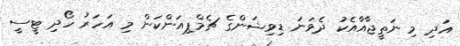
އަދި މި ނަތީޖާއާއެކު ދެވަނަ ޑިވިޝަންގެ ޗެމްޕިއަންކަން މި އަހަރު ހޯދި ޓީސީ